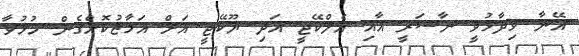
އޭނާ ވިދާޅުވީ ނާސަރީ އާއި އެލްކޭޖީ އަދި ޔޫކޭޖީ އަށް އަމާޒުކޮށްގެން ހުޅުވާ